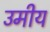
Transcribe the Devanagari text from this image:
उमीय